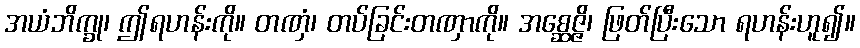
အယံဘိက္ခု၊ ဤရဟန်းကို။ တဏှံ၊ တပ်ခြင်းတဏှာကို။ အစ္ဆေဇ္ဇိ၊ ဖြတ်ပြီးသော ရဟန်းဟူ၍။